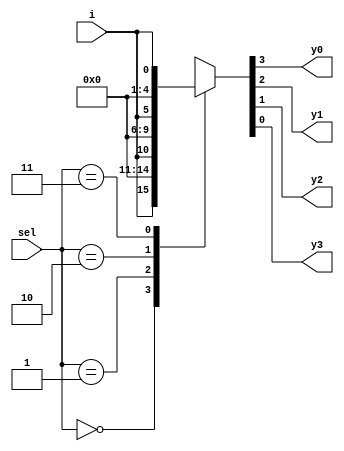
module demux4_1(input [1:0]sel, input i,output reg y0,y1,y2,y3);//demux 4 inputs 1 output
  always@(*)
    begin
      case(sel)//depends on selection line
        2'b00: {y0,y1,y2,y3}={i,3'b0};
        2'b01:{y0,y1,y2,y3}={1'b0,i,2'b0};
        2'b10:{y0,y1,y2,y3}={2'b0,i,1'b0};
        2'b11:{y0,y1,y2,y3}={3'b0,i};
        default : $display("invalid sel input");
      endcase
    end
endmodule